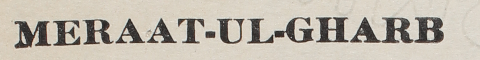
MERAAT-UL-GHARB